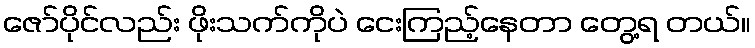
ဇော်ပိုင်လည်း ဖိုးသက်ကိုပဲ ငေးကြည့်နေတာ တွေ့ရ တယ်။